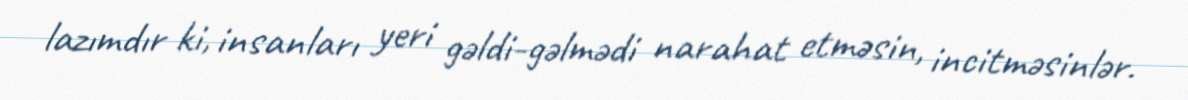
lazımdır ki, insanları yeri gəldi-gəlmədi narahat etməsin, incitməsinlər.